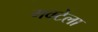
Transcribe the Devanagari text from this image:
गवटेला